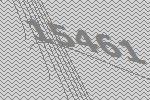
15461